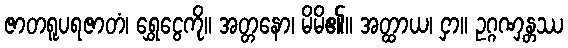
ဇာတရူပရဇာတံ၊ ရွှေငွေကို။ အတ္တနော၊ မိမိ၏။ အတ္ထာယ၊ ငှာ။ ဥဂ္ဂဏှန္တဿ